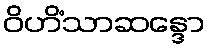
ဝိဟိံသာဆန္ဒော